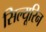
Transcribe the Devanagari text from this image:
सिल्यूरिन